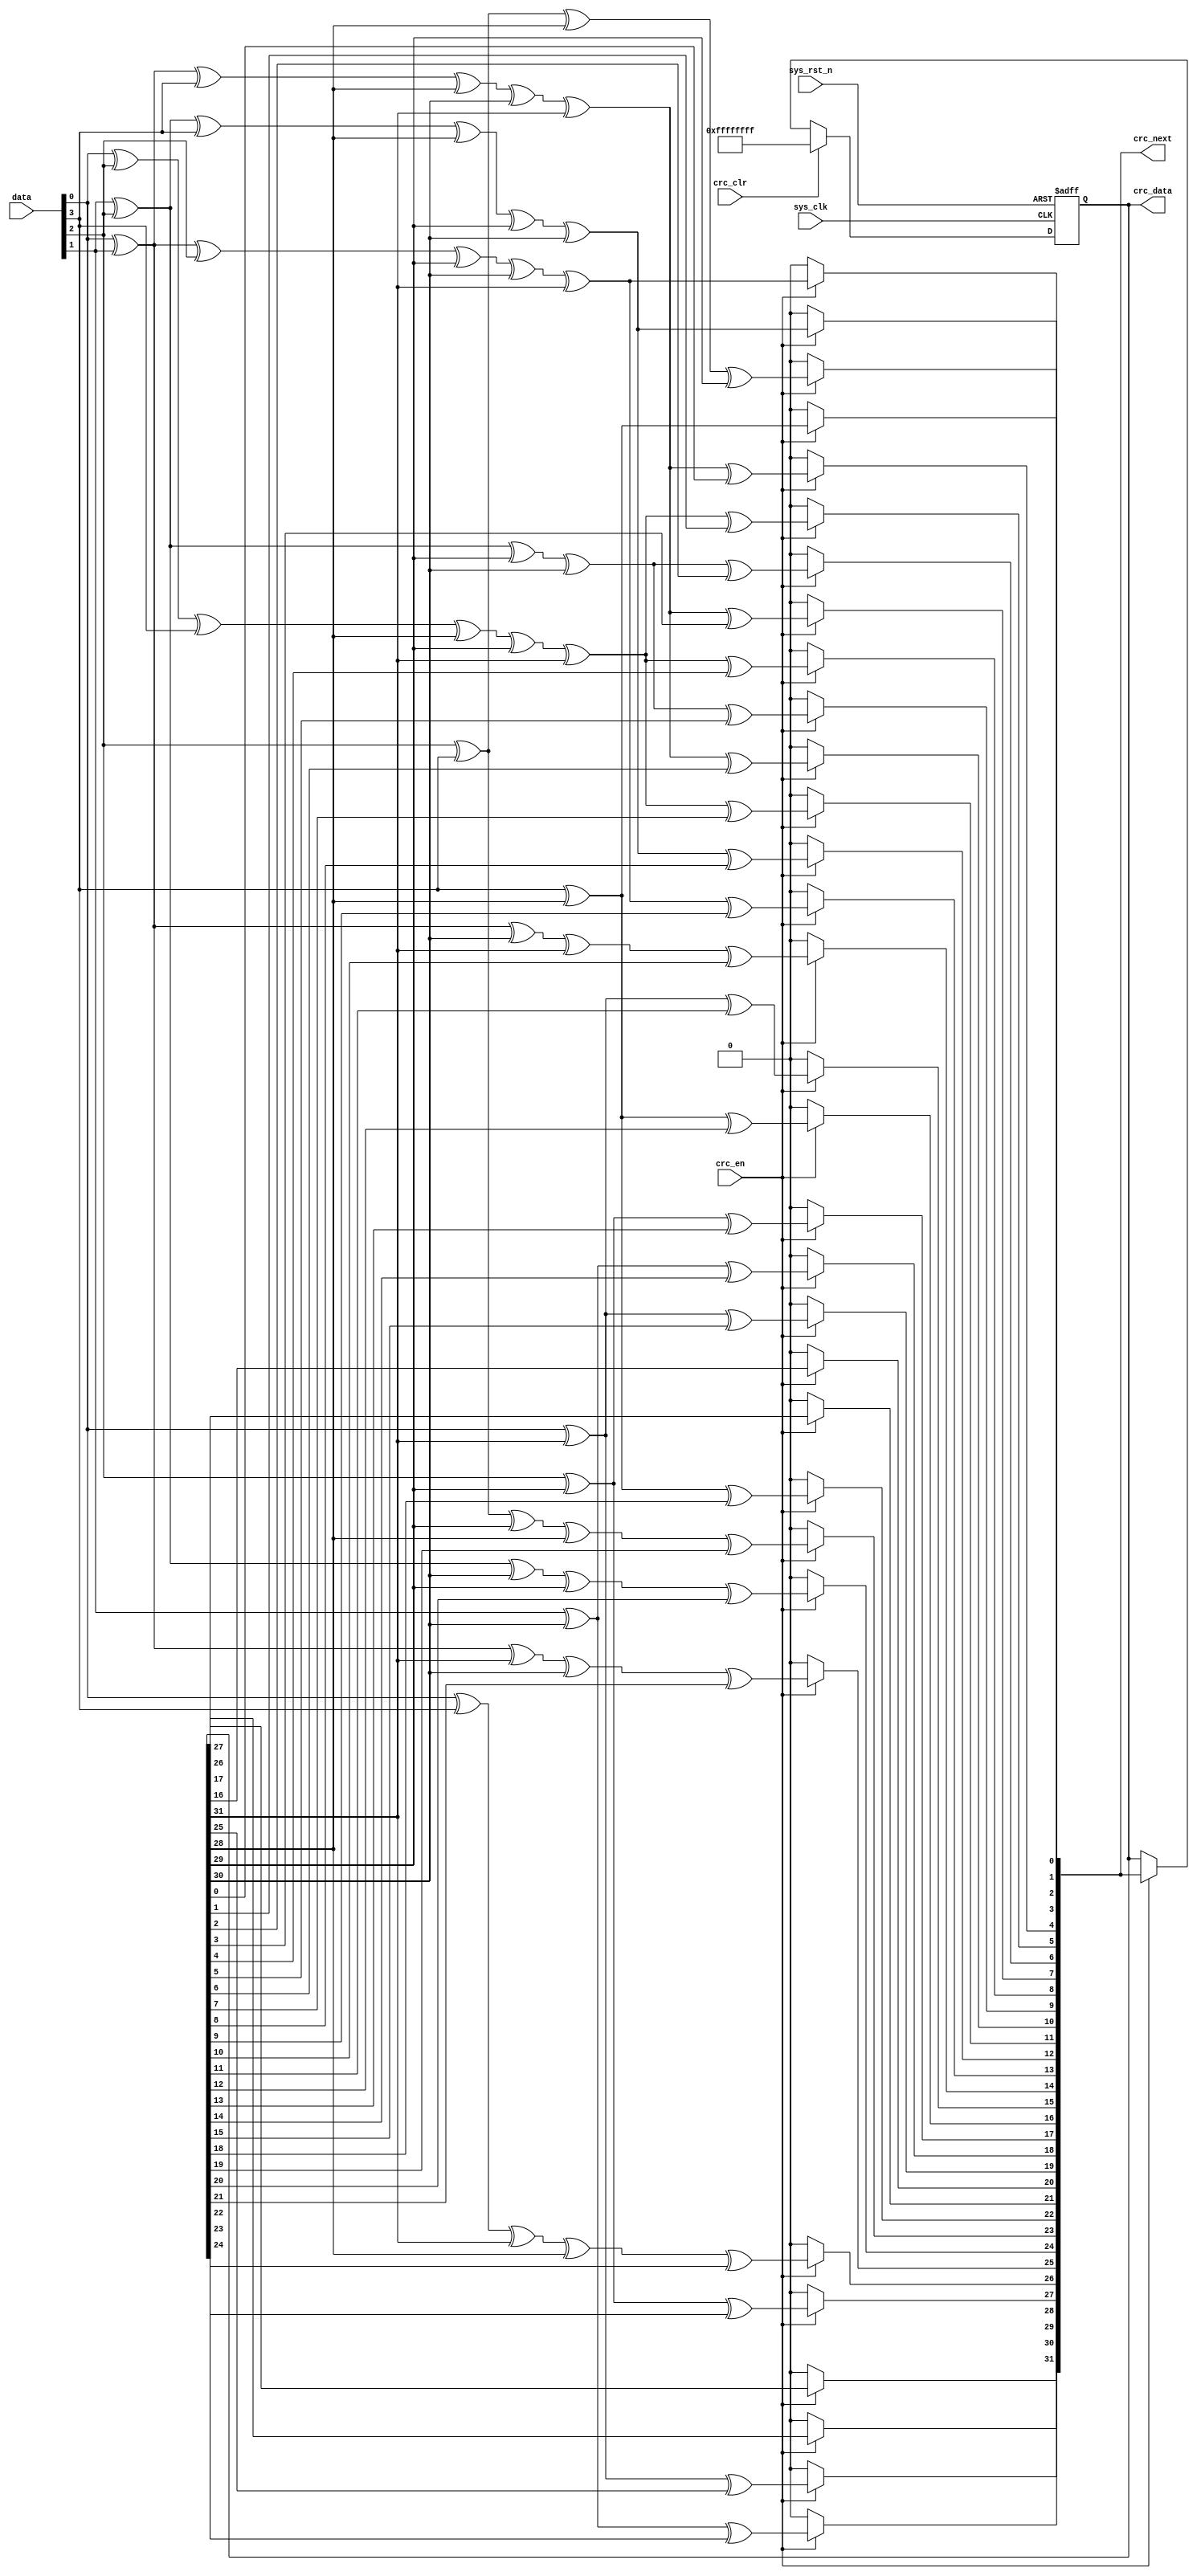
`timescale  1ns/1ns
////////////////////////////////////////////////////////////////////////
// Module Name   : crc32_d4
// Project Name  : eth_vga_pic
// Target Devices: Altera EP4CE10F17C8N
// Tool Versions : Quartus 13.0
// Description   : CRC
// 
// Revision      : V1.0
// Additional Comments:
// 
// : _Pro_FPGA
//     : http://www.embedfire.com
//     : http://www.firebbs.cn
//     : https://fire-stm32.taobao.com
////////////////////////////////////////////////////////////////////////

module  crc32_d4
(
    input   wire            sys_clk     ,   //
    input   wire            sys_rst_n   ,   //,
    input   wire    [3:0]   data        ,   //
    input   wire            crc_en      ,   //crc,
    input   wire            crc_clr     ,   //crc

    output  reg     [31:0]  crc_data    ,   //CRC
    output  reg     [31:0]  crc_next        //CRC
);

//********************************************************************//
//****************** Parameter and Internal Signal *******************//
//********************************************************************//
// wire     define
wire    [3:0]   data_sw;    //

//********************************************************************//
//***************************** Main Code ****************************//
//********************************************************************//

//data_sw:
assign  data_sw = {data[0],data[1],data[2],data[3]};

//crc_next:CRC
//CRC32G(x)= x^32 + x^26 + x^23 + x^22 + x^16 + x^12 + x^11
//+ x^10 + x^8 + x^7 + x^5 + x^4 + x^2 + x^1 + 1
always@(*)
begin
    crc_next    <=  32'b0;
    if(crc_en == 1'b1)
        begin
            crc_next[0] <=  (data_sw[0] ^ crc_data[28]);
            crc_next[1] <=  (data_sw[1] ^ data_sw[0] ^ crc_data[28]
                            ^ crc_data[29]);
            crc_next[2] <=  (data_sw[2] ^ data_sw[1] ^ data_sw[0]
                            ^ crc_data[28] ^ crc_data[29] ^ crc_data[30]);
            crc_next[3] <=  (data_sw[3] ^ data_sw[2] ^ data_sw[1]
                            ^ crc_data[29] ^ crc_data[30] ^ crc_data[31]);
            crc_next[4] <=  (data_sw[3] ^ data_sw[2] ^ data_sw[0] ^ crc_data[28]
                            ^ crc_data[30] ^ crc_data[31]) ^ crc_data[0];
            crc_next[5] <=  (data_sw[3] ^ data_sw[1] ^ data_sw[0] ^ crc_data[28]
                            ^ crc_data[29] ^ crc_data[31]) ^ crc_data[1];
            crc_next[6] <=  (data_sw[2] ^ data_sw[1] ^ crc_data[29]
                            ^ crc_data[30]) ^ crc_data[ 2];
            crc_next[7] <=  (data_sw[3] ^ data_sw[2] ^ data_sw[0] ^ crc_data[28]
                            ^ crc_data[30] ^ crc_data[31]) ^ crc_data[3];
            crc_next[8] <=  (data_sw[3] ^ data_sw[1] ^ data_sw[0] ^ crc_data[28]
                            ^ crc_data[29] ^ crc_data[31]) ^ crc_data[4];
            crc_next[9] <=  (data_sw[2] ^ data_sw[1] ^ crc_data[29]
                            ^ crc_data[30]) ^ crc_data[5];
            crc_next[10]<=  (data_sw[3] ^ data_sw[2] ^ data_sw[0] ^ crc_data[28]
                            ^ crc_data[30] ^ crc_data[31]) ^ crc_data[6];
            crc_next[11]<=  (data_sw[3] ^ data_sw[1] ^ data_sw[0] ^ crc_data[28]
                            ^ crc_data[29] ^ crc_data[31]) ^ crc_data[7];
            crc_next[12]<=  (data_sw[2] ^ data_sw[1] ^ data_sw[0] ^ crc_data[28]
                            ^ crc_data[29] ^ crc_data[30]) ^ crc_data[8];
            crc_next[13]<=  (data_sw[3] ^ data_sw[2] ^ data_sw[1] ^ crc_data[29]
                                ^ crc_data[30] ^ crc_data[31]) ^ crc_data[9];
            crc_next[14]<=  (data_sw[3] ^ data_sw[2] ^ crc_data[30]
                            ^ crc_data[31]) ^ crc_data[10];
            crc_next[15]<=  (data_sw[3] ^ crc_data[31]) ^ crc_data[11];
            crc_next[16]<=  (data_sw[0] ^ crc_data[28]) ^ crc_data[12];
            crc_next[17]<=  (data_sw[1] ^ crc_data[29]) ^ crc_data[13];
            crc_next[18]<=  (data_sw[2] ^ crc_data[30]) ^ crc_data[14];
            crc_next[19]<=  (data_sw[3] ^ crc_data[31]) ^ crc_data[15];
            crc_next[20]<=  crc_data[16];
            crc_next[21]<=  crc_data[17];
            crc_next[22]<=  (data_sw[0] ^ crc_data[28]) ^ crc_data[18];
            crc_next[23]<=  (data_sw[1] ^ data_sw[0] ^ crc_data[29]
                            ^ crc_data[28]) ^ crc_data[19];
            crc_next[24]<=  (data_sw[2] ^ data_sw[1] ^ crc_data[30]
                            ^ crc_data[29]) ^ crc_data[20];
            crc_next[25]<=  (data_sw[3] ^ data_sw[2] ^ crc_data[31]
                            ^ crc_data[30]) ^ crc_data[21];
            crc_next[26]<=  (data_sw[3] ^ data_sw[0] ^ crc_data[31]
                            ^ crc_data[28]) ^ crc_data[22];
            crc_next[27]<=  (data_sw[1] ^ crc_data[29]) ^ crc_data[23];
            crc_next[28]<=  (data_sw[2] ^ crc_data[30]) ^ crc_data[24];
            crc_next[29]<=  (data_sw[3] ^ crc_data[31]) ^ crc_data[25];
            crc_next[30]<=  crc_data[26];
            crc_next[31]<=  crc_data[27];
        end
end

//crc_data:CRC
always @(posedge sys_clk or negedge sys_rst_n)
    if(sys_rst_n == 1'b0)
        crc_data    <=  32'hff_ff_ff_ff;
    else if(crc_clr == 1'b1)
        crc_data    <= 32'hff_ff_ff_ff;
    else if(crc_en == 1'b1)
        crc_data    <=  crc_next;

endmodule